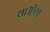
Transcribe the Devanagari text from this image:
था।ऎसा